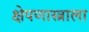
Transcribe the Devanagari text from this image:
क्षेपणास्त्राला